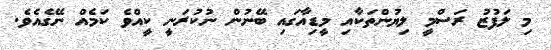
މި ލަފުޒު ރަސްމީ ލިޔުންތަކާއި މީޑިއާގައި ބޭނުން ނުކުރަނީ ކީއްވެ ކަމެއް ނޭގެއެވެ.